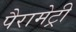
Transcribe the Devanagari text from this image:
पैरामेट्री